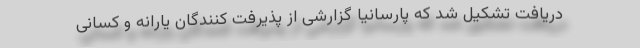
دریافت تشکیل شد که پارسانیا گزارشی از پذیرفت کنندگان یارانه و کسانی